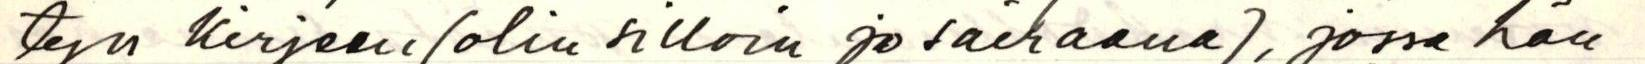
tyn kirjeen (olin silloin jo sairaana), jossa hän